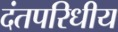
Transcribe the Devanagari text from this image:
दंतपरिधीय